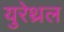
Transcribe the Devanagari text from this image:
युरेथ्रल